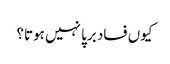
کیوں فساد برپا نہیں ہوتا؟